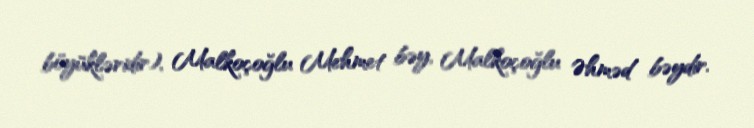
böyükləridir), Malkoçoğlu Mehmet bəy, Malkoçoğlu Əhməd bəydir.